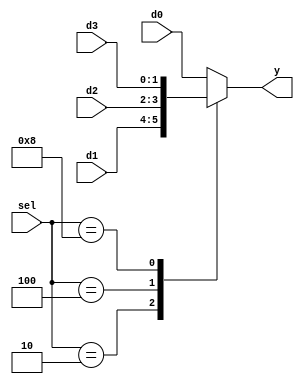

module b2_mux_4_1_case_one_hot
(
    input      [1:0] d0,
    input      [1:0] d1,
    input      [1:0] d2,
    input      [1:0] d3,
    input      [3:0] sel,
    output reg [1:0] y
);

    always @(*)
        case (sel)
            4'b0001: y = d0;
            4'b0010: y = d1;
            4'b0100: y = d2;
            4'b1000: y = d3;
            default: y = d0;
        endcase
endmodule

module b2_mux_4_1_casez_priority
(
    input      [1:0] d0,
    input      [1:0] d1,
    input      [1:0] d2,
    input      [1:0] d3,
    input      [3:0] sel,
    output reg [1:0] y
);
    always @(*)
        casez (sel)
            4'b0001 : y = d0;
            4'b001? : y = d1;
            4'b01?? : y = d2;
            4'b1??? : y = d3;
            default : y = d0;
        endcase
endmodule